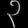
Digit: ၃